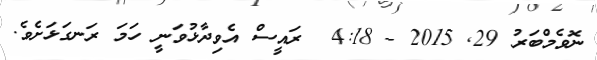
ނޮވެމްބަރު 29